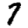
Digit: 7